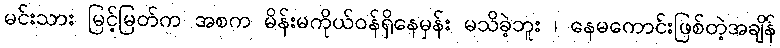
မင်းသား မြင့်မြတ်က အစက မိန်းမကိုယ်ဝန်ရှိနေမှန်း မသိခဲ့ဘူး ၊ နေမကောင်းဖြစ်တဲ့အချိန်